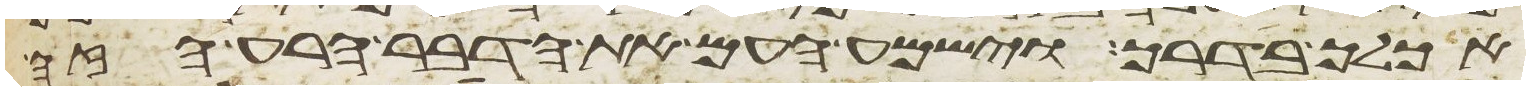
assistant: אכלך בדרך וישמע העם את הדבר הרע הזה